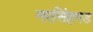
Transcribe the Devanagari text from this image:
नरसिंहगड